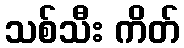
သစ်သီး ကိတ်